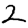
Digit: 2